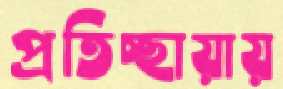
প্রতিচ্ছায়ায়